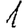
Digit: 1